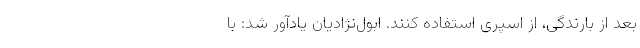
بعد از بارندگی، از اسپری استفاده کنند. ابول‌نژادیان یادآور شد: با